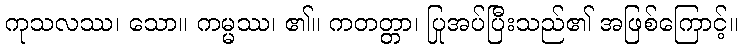
ကုသလဿ၊ သော။ ကမ္မဿ၊ ၏။ ကတတ္တာ၊ ပြုအပ်ပြီးသည်၏ အဖြစ်ကြောင့်။